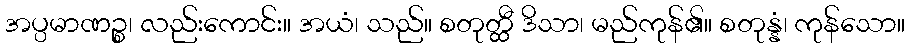
အပ္ပမာဏဉ္စ၊ လည်းကောင်း။ အယံ၊ သည်။ စတုတ္ထီ ဒိသာ၊ မည်ကုန်၏။ စတုန္နံ၊ ကုန်သော။